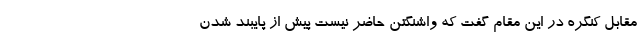
مقابل کنگره در این مقام گفت که واشنگتن حاضر نیست پیش از پایبند شدن